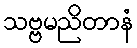
သဗ္ဗမညိတာနံ